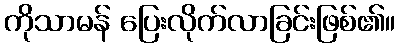
ကိုသာမန် ပြေးလိုက်လာခြင်းဖြစ်၏။